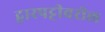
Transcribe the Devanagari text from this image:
द्वारपट्टीवरील